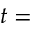
t =